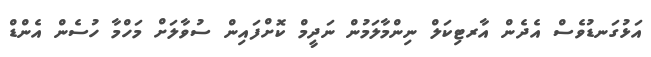
އަޅުގަނޑުވެސް އެދެން އާރޓިކަލް ނިންމާލަމުން ނަދީމް ކޮށްފައިން ސުވާލަށް މަހްމާ ހުސެން އެންޑް